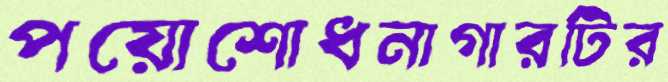
পয়োশোধনাগারটির